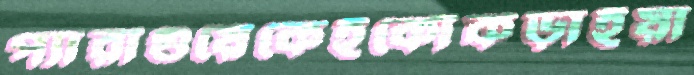
প্যারাগুয়েকেইকোঁকড়াইয়া